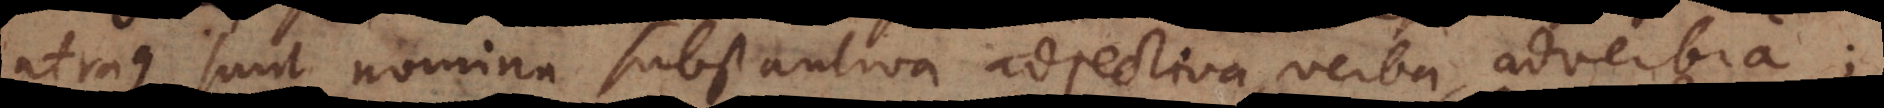
Utraque sunt nomina substantiva adjectiva, verba, adverbia